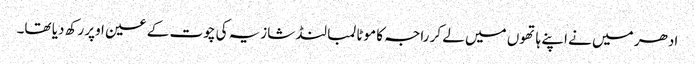
ادھر میں نے اپنے ہاتھوں میں لے کر راجہ کا موٹا لمبا لنڈ شازیہ کی چوت کے عین اوپر رکھ دیا تھا۔